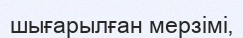
шығарылған мерзімі‚